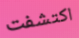
اكتشفت